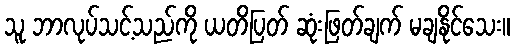
သူ ဘာလုပ်သင့်သည်ကို ယတိပြတ် ဆုံးဖြတ်ချက် မချနိုင်သေး။